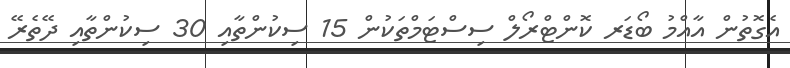
އެގޮތުން އާއްމު ބޯޑަރ ކޮންޓްރޯލް ސިސްޓަމްތަކުން 15 ސިކުންތާއި 30 ސިކުންތާއި ދޭތެރޭ